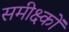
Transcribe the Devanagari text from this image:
समीक्ष्कों